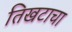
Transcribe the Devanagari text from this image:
तिखटाचा